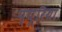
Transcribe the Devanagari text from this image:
प्यूरिया